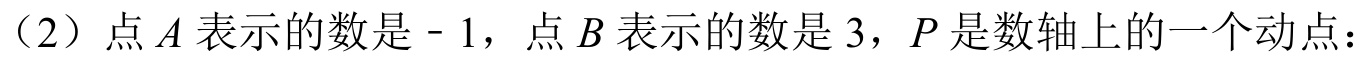
（2）点 \(A\) 表示的数是 - 1，点 \(B\) 表示的数是 \(3\)，\(P\) 是数轴上的一个动点：